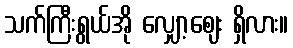
သက်ကြီးရွယ်အို လျှော့ဈေး ရှိလား။